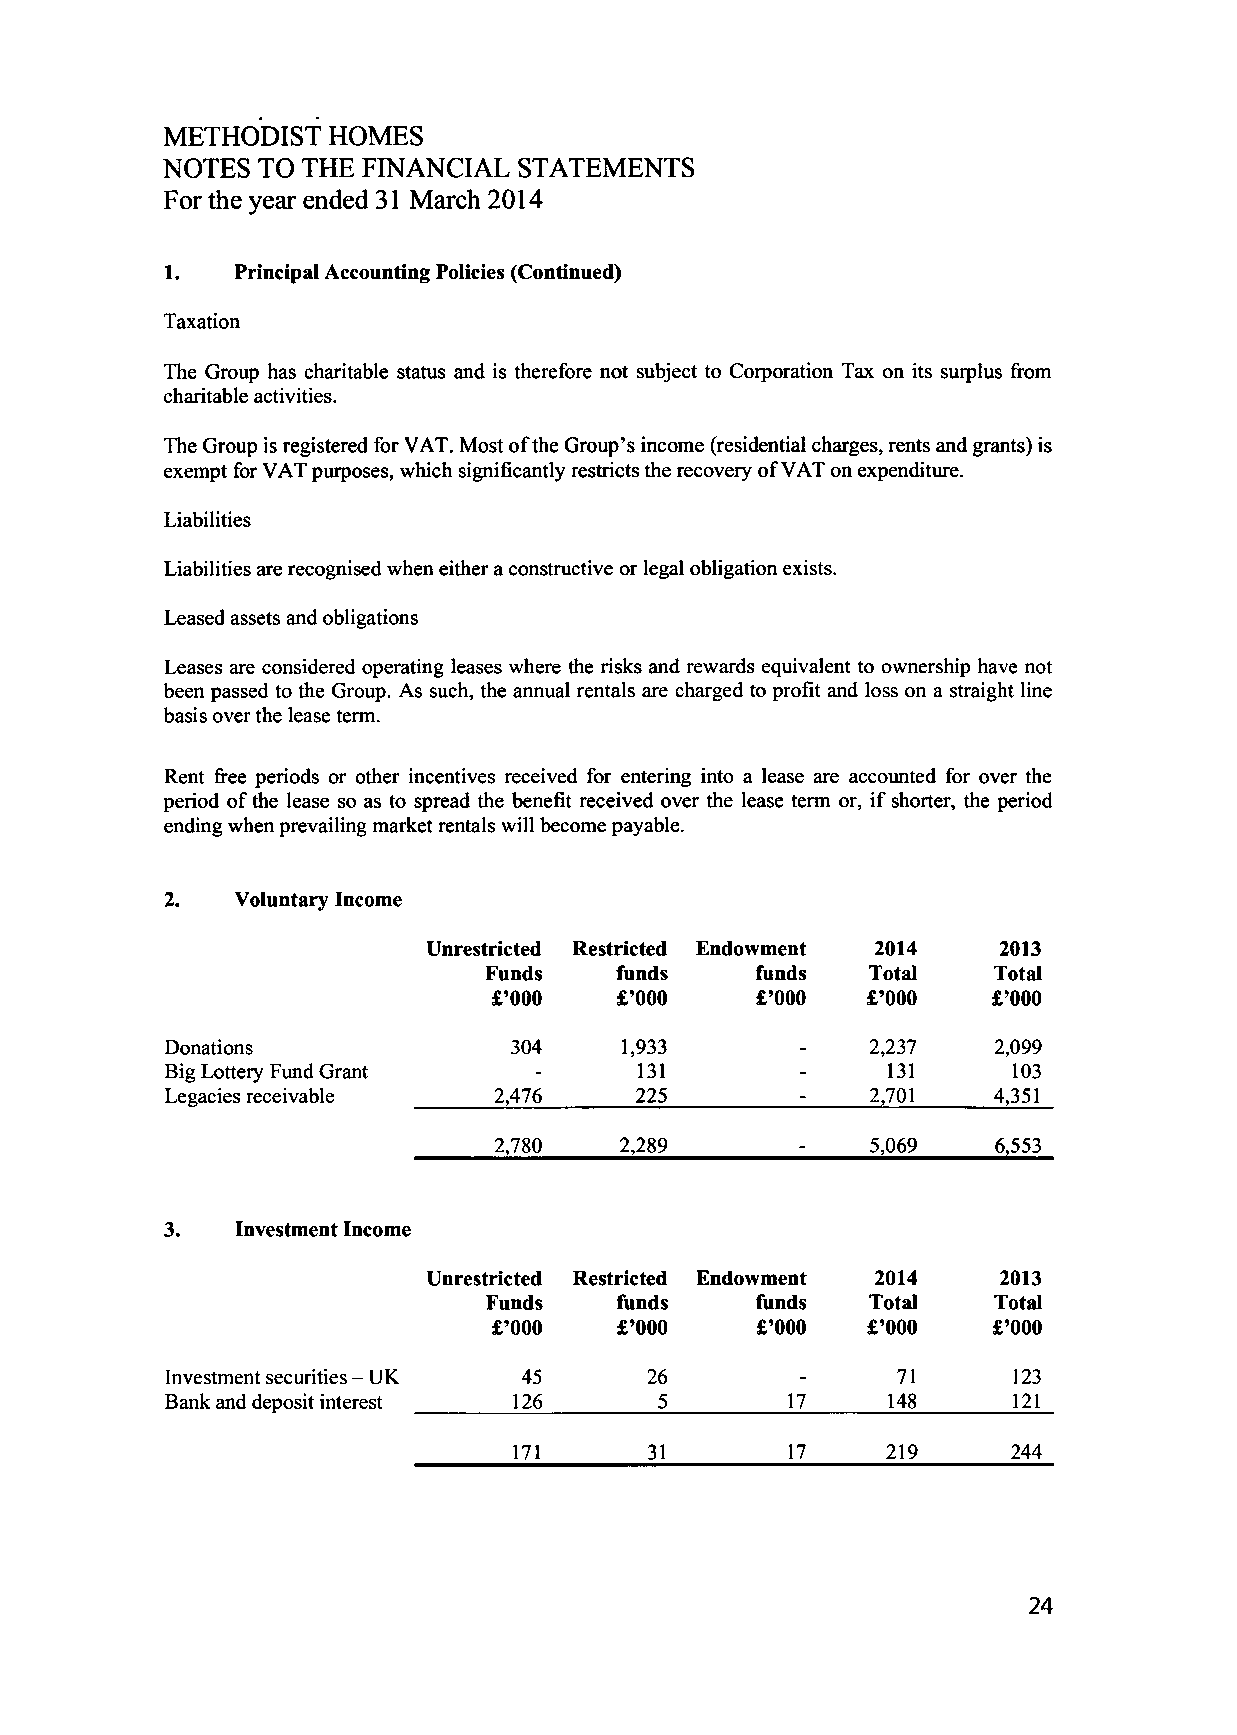
METHODIST  HOMES
 NOTES TO THE FINANCIAL  STATEMENTS
 For the year ended 31 March 2014
 1.   Principal Accounting Policies (Continued)
 Taxation
 The Group has charitable status and is therefore not subject to Corporation Tax on its surplus from
 charitable activities.
 The Group is registered for VAT. Most of the Group's income (residential charges, rents and grants) is
 exempt for VAT purposes, which significantly restricts the recovery of VAT on expenditure.
 Liabilities
 Liabilities are recognised when either a constructive or legal obligation exists.
 Leased assets and obligations
 Leases are considered operating leases where the risks and rewards equivalent to ownership have not
 been passed to the Group. As such, the annual rentals are charged to profit and loss on a straight line
 basis over the lease term.
 Rent free periods or other incentives received for entering into a lease are accounted for over the
 period of the lease so as to spread the benefit received over the lease term or, if shorter, the period
 ending when prevailing market rentals will become payable.
 2.   Voluntary Income
 Unrestricted Restricted Endowment 2014 2013
 Funds    funds    funds   Total   Total
 £'000   £'000    £'000  £'000    £'000
 Donations              304    1,933       -    2,237   2,099
 Big Lottery Fund Grant   -     131        -     131     103
 Legacies receivable   2,476    225             2,701   4,351
 2,780   2,289            5,069   6,553
 3.   Investment Income
 Unrestricted Restricted Endowment 2014 2013
 Funds    funds    funds   Total   Total
 £'000   £'000    £'000  £'000    £'000
 Investment securities - UK 45   26        -      71     123
 Bank and deposit interest 126    5       17     148     12J_
 171      31       17     219     244
 24